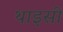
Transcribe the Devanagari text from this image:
थाइसी